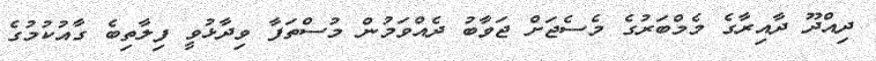
ދިއްދޫ ދާއިރާގެ މެމްބަރުގެ މެސެޖަށް ޖަވާބު ދެއްވަމުން މުސްތަފާ ވިދާޅުވީ ފިލާތިބެ ގާއުކުމުގެ